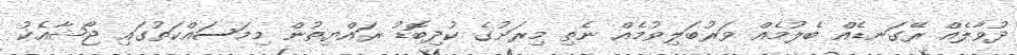
ދުވާލެއް ރޭގަނޑެއް ބެލުމެއް ވަރުބަލިވުމެއް ނެތި މިރަށުގެ ކުދިބޮޑު ރައްޔިތުން މިމަސައްކަތުގައި ޖޯޝާއެކު